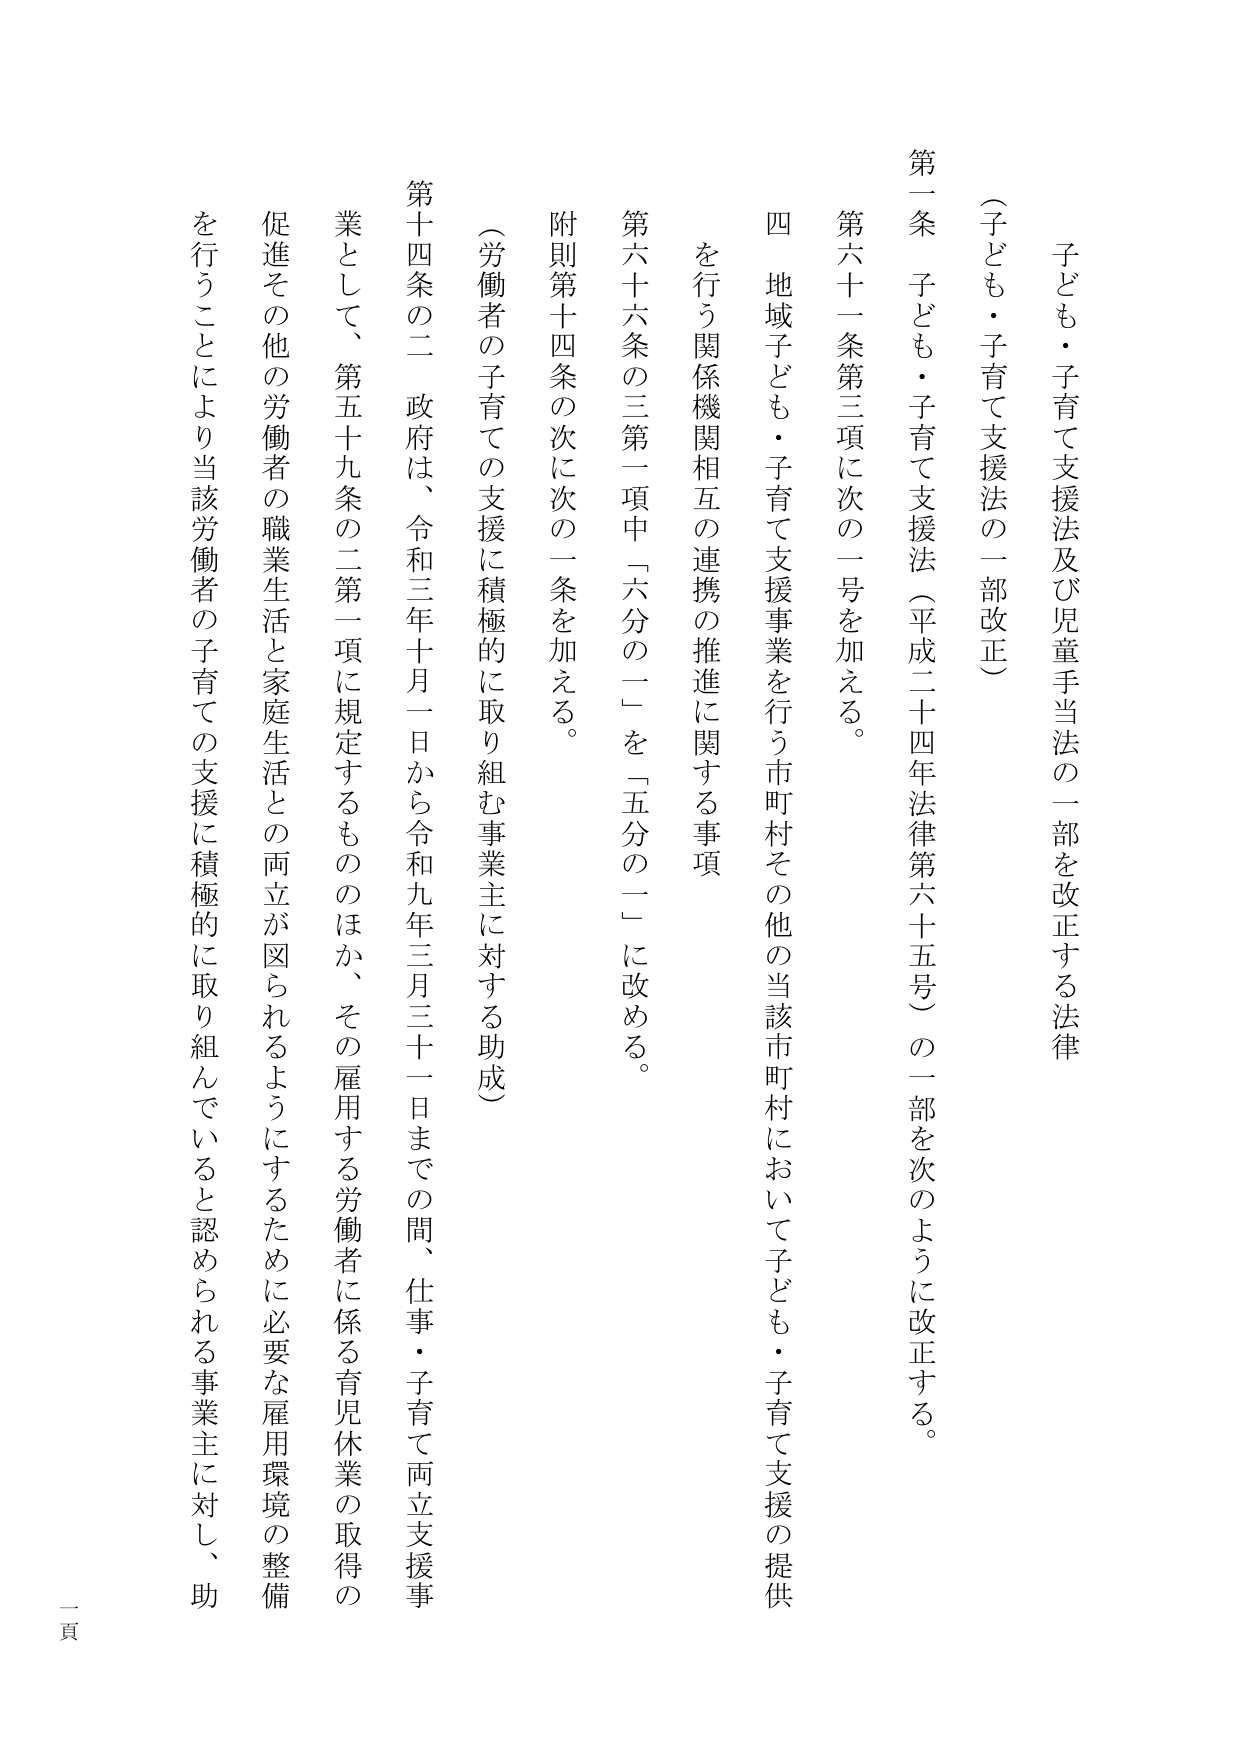
子ども・子育て支援法及び児童手当法の一部を改正する法律

（子ども・子育て支援法の一部改正）

第一条 子ども・子育て支援法（平成二十四年法律第六十五号）の一部を次のように改正する。

第六十一条第三項に次の一号を加える。

四 地域子ども・子育て支援事業を行う市町村その他の当該市町村において子ども・子育て支援の提供を行う関係機関相互の連携の推進に関する事項

第六十六条の三第一項中「六分の一」を「五分の一」に改める。

附則第十四条の次に次の一条を加える。

（労働者の子育ての支援に積極的に取り組む事業主に対する助成）

第十四条の二 政府は、令和三年十月一日から令和九年三月三十一日までの間、仕事・子育て両立支援事業として、第五十九条の二第一項に規定するもののほか、その雇用する労働者に係る育児休業の取得の促進その他の労働者の職業生活と家庭生活との両立が図られるようにするため必要な雇用環境の整備を行うことにより当該労働者の子育ての支援に積極的に取り組んでいると認められる事業主に対し、助

一頁